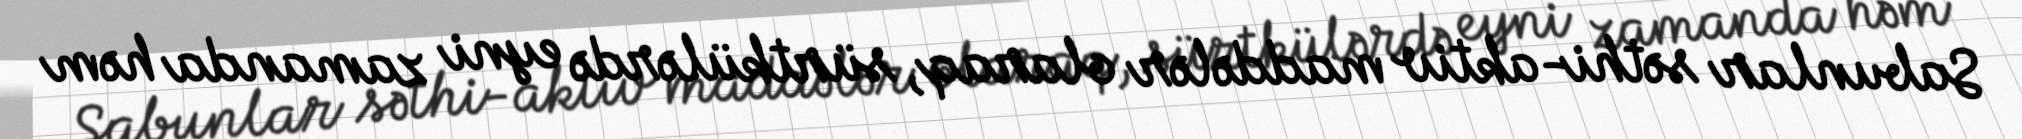
Sabunlar səthi-aktiv maddələr olaraq, sürtkülərdə eyni zamanda həm